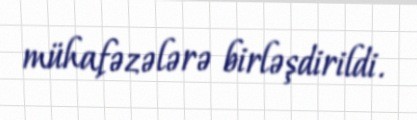
mühafəzələrə birləşdirildi.